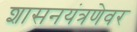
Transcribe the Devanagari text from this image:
शासनयंत्रणेवर